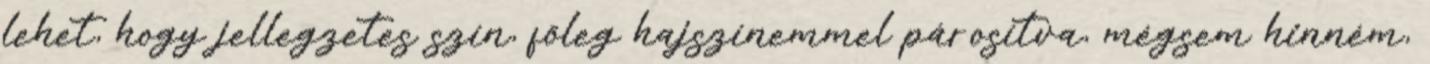
lehet, hogy jellegzetes szín, főleg hajszínemmel párosítva, mégsem hinném,